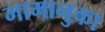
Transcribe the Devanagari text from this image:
मामानुका